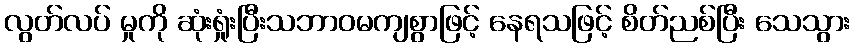
လွတ်လပ် မှုကို ဆုံးရှုံးပြီးသဘာဝမကျစွာဖြင့် နေရသဖြင့် စိတ်ညစ်ပြီး သေသွား